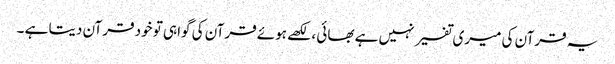
یہ قرآن کی میری تفسیر نہیں ہے بھائی ، لکھے ہوئے قرآن کی گواہی تو خود قرآن دیتا ہے ۔